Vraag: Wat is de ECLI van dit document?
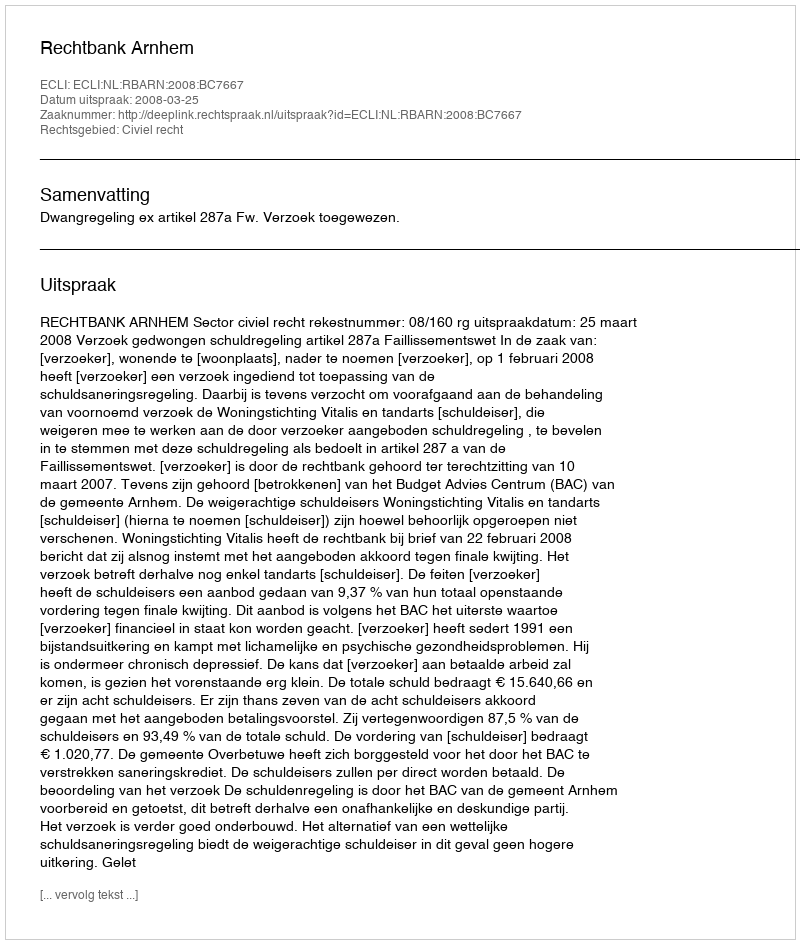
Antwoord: ECLI:NL:RBARN:2008:BC7667